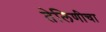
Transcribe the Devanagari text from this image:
तेलिणीचा